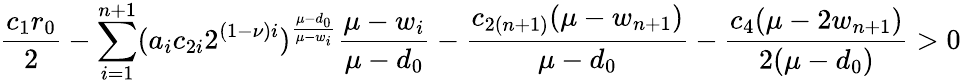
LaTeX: \frac{c_{1}r_{0}}{2}-\sum_{i=1}^{n+1}(a_{i}c_{2i}2^{(1-\nu)i})^{\frac{\mu-d_{0}}{\mu-w_{i}}}\frac{\mu-w_{i}}{\mu-d_{0}}-\frac{c_{2(n+1)}(\mu-w_{n+1})}{\mu-d_{0}}-\frac{c_{4}(\mu-2w_{n+1})}{2(\mu-d_{0})}>0